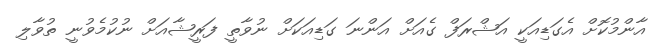
އާންމުކޮށް އެގަޑިއަކީ އަޝްރަފް ގެއަށް އަންނަ ގަޑިއަކަށް ނުވާތީ ފަރީޝާއަށް ނުކުމެވުނީ ތުވާލި